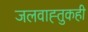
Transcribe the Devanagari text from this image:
जलवाह्तुकही